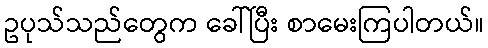
ဥပုသ်သည်တွေက ခေါ်ပြီး စာမေးကြပါတယ်။